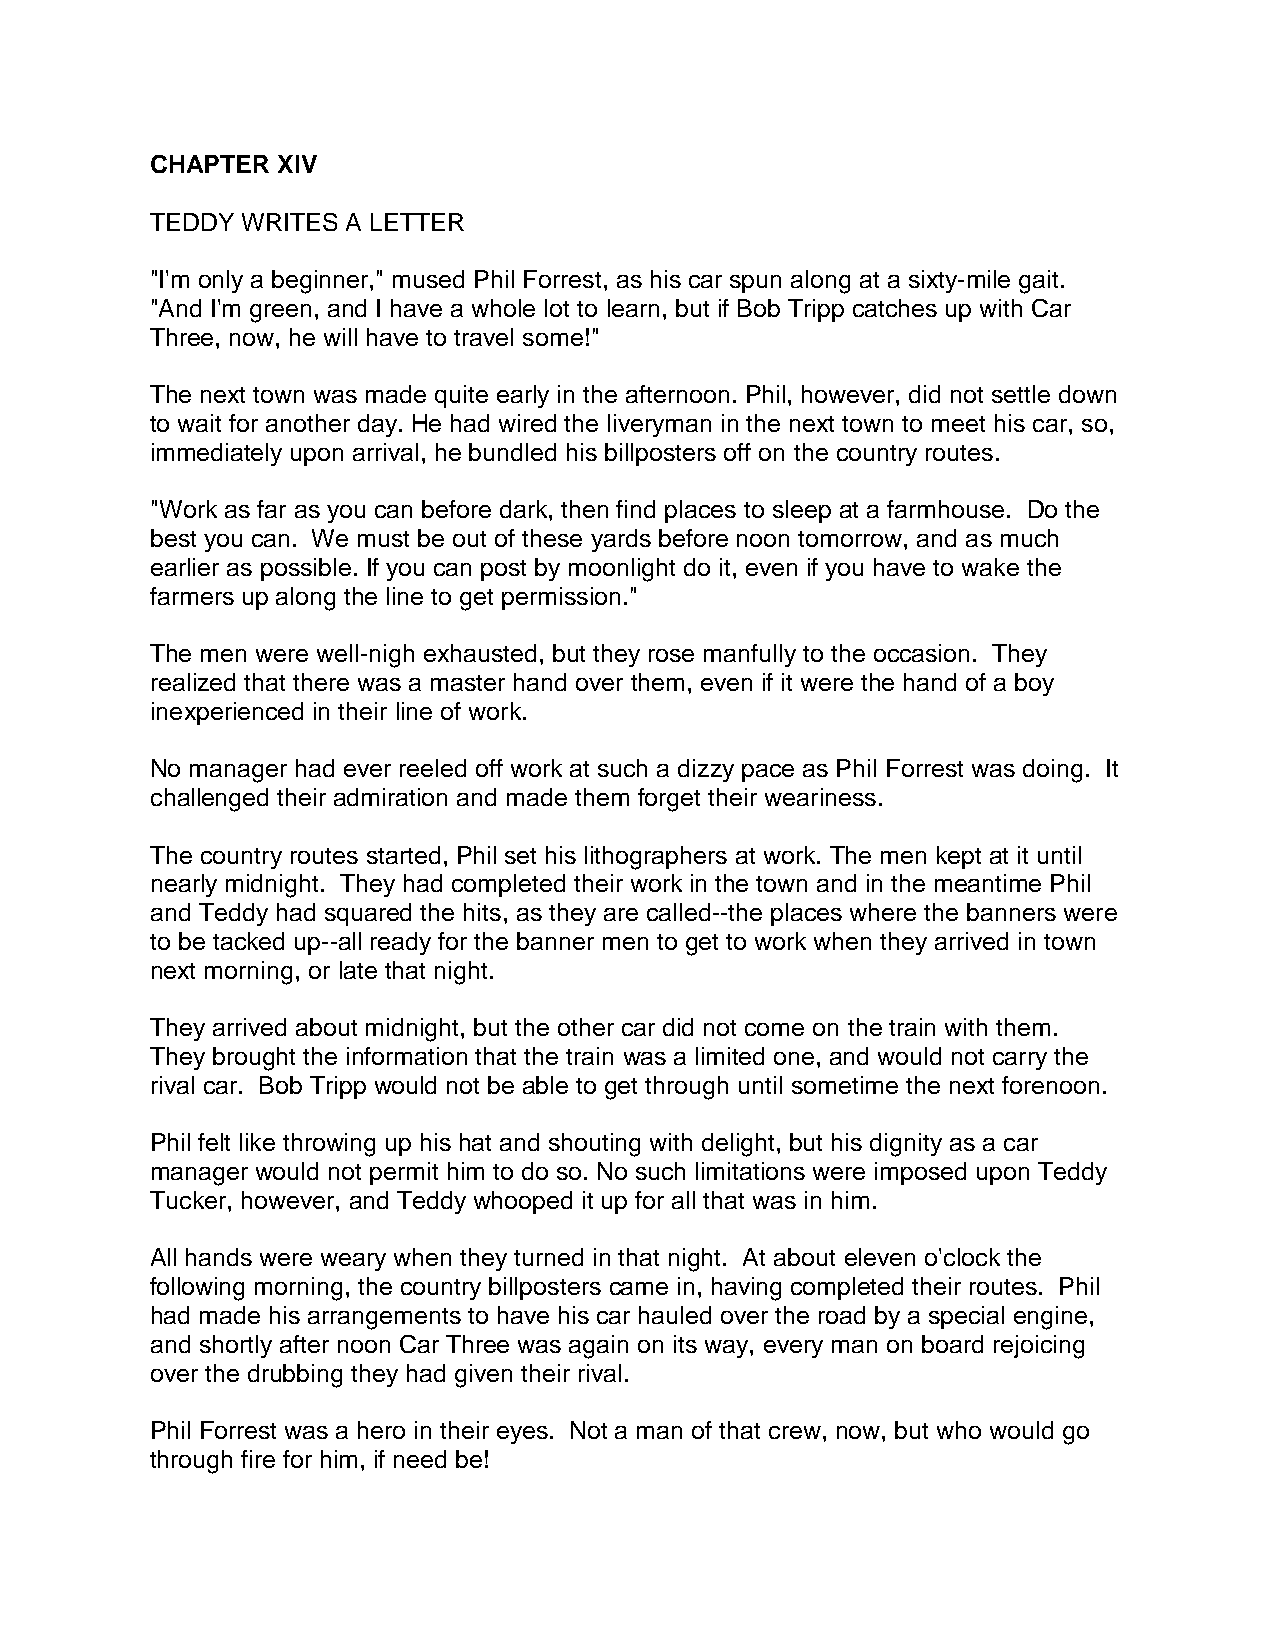
CHAPTER XIV
 TEDDY WRITES A LETTER
 "I'm only a beginner," mused Phil Forrest, as his car spun along at a sixty-mile gait.
 "And I'm green, and I have a whole lot to learn, but if Bob Tripp catches up with Car
 Three, now, he will have to travel some!"
 The next town was made quite early in the afternoon. Phil, however, did not settle down
 to wait for another day. He had wired the liveryman in the next town to meet his car, so,
 immediately upon arrival, he bundled his billposters off on the country routes.
 "Work as far as you can before dark, then find places to sleep at a farmhouse. Do the
 best you can. We must be out of these yards before noon tomorrow, and as much
 earlier as possible. If you can post by moonlight do it, even if you have to wake the
 farmers up along the line to get permission."
 The men were well-nigh exhausted, but they rose manfully to the occasion. They
 realized that there was a master hand over them, even if it were the hand of a boy
 inexperienced in their line of work.
 No manager had ever reeled off work at such a dizzy pace as Phil Forrest was doing. It
 challenged their admiration and made them forget their weariness.
 The country routes started, Phil set his lithographers at work. The men kept at it until
 nearly midnight. They had completed their work in the town and in the meantime Phil
 and Teddy had squared the hits, as they are called--the places where the banners were
 to be tacked up--all ready for the banner men to get to work when they arrived in town
 next morning, or late that night.
 They arrived about midnight, but the other car did not come on the train with them.
 They brought the information that the train was a limited one, and would not carry the
 rival car. Bob Tripp would not be able to get through until sometime the next forenoon.
 Phil felt like throwing up his hat and shouting with delight, but his dignity as a car
 manager would not permit him to do so. No such limitations were imposed upon Teddy
 Tucker, however, and Teddy whooped it up for all that was in him.
 All hands were weary when they turned in that night. At about eleven o'clock the
 following morning, the country billposters came in, having completed their routes. Phil
 had made his arrangements to have his car hauled over the road by a special engine,
 and shortly after noon Car Three was again on its way, every man on board rejoicing
 over the drubbing they had given their rival.
 Phil Forrest was a hero in their eyes. Not a man of that crew, now, but who would go
 through fire for him, if need be!